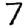
Digit: 7